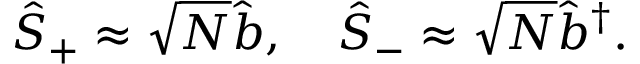
\hat { S } _ { + } \approx \sqrt { N } \hat { b } , \quad \hat { S } _ { - } \approx \sqrt { N } \hat { b } ^ { \dagger } .